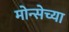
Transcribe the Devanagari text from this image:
मोन्सेच्या